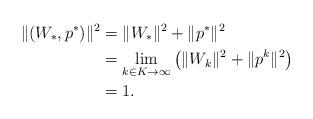
LaTeX: \begin{align*}\|(W_{\ast},p^{\ast})\|^2&=\|W_{\ast}\|^2+\|p^{\ast}\|^2\\ &=\lim_{k\in K\to\infty}\left(\|W_{k}\|^2+\|p^{k}\|^2\right)\\ &=1.\end{align*}